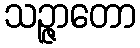
သဉ္ဇာတော